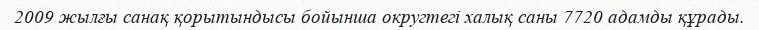
2009 жылғы санақ қорытындысы бойынша округтегі халық саны 7720 адамды құрады.